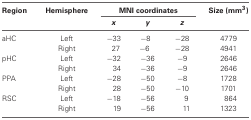
| Region | Hemisphere | <COLSPAN=3> MNI coordinates | Size (mm3) |
 |  |  | x | y | z |  |
 | --- | --- | --- | --- | --- | --- |
 | aHC | Left | −33 | −8 | −28 | 4779 |
 |  | Right | 27 | −6 | −28 | 4941 |
 | pHC | Left | −32 | −36 | −9 | 2646 |
 |  | Right | 34 | −36 | −9 | 2646 |
 | PPA | Left | −28 | −50 | −8 | 1728 |
 |  | Right | 28 | −50 | −10 | 1701 |
 | RSC | Left | −18 | −56 | 9 | 864 |
 |  | Right | 19 | −56 | 11 | 1323 |